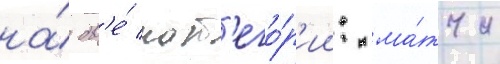
на́ дв'е́ кат'его́р'ии: ма́тчи